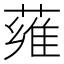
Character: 䔨